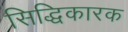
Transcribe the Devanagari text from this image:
सिद्धिकारक